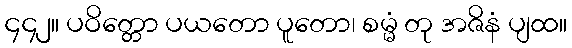
၄၄၂။ ပဝိတ္တော ပယတော ပူတော၊ စမ္မံ တု အဇိနံ ပျထ။